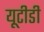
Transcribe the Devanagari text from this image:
यूटीडी